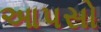
આપસો